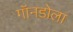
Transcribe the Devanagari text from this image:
गॉनडोला